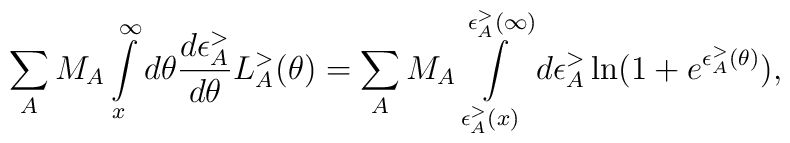
\sum_A M_A \int\limits_{x}^{\infty}  d \theta \frac{d \epsilon_A^{>}} {d \theta}  L_A^{>}(\theta)= \sum_A M_A \int\limits_{\epsilon_A^{>}(x)}^{\epsilon_A^{>}(\infty)} d \epsilon_A^{>} \ln ( 1 + e^{\epsilon_A^{>} (\theta)}),